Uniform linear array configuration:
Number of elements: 64
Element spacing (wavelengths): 1
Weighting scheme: cosine
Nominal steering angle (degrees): -30
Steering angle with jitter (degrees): -28.607
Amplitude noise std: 0.05
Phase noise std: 0.05

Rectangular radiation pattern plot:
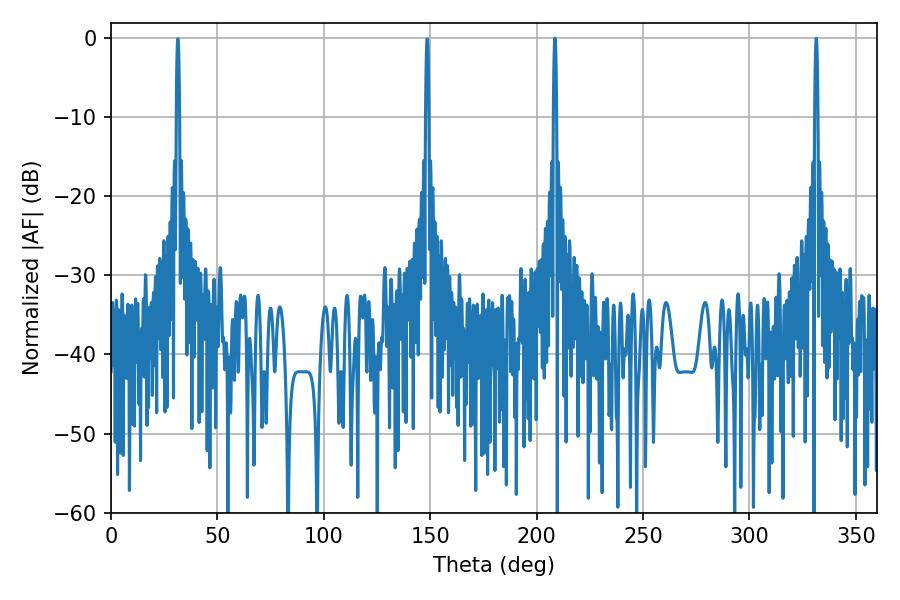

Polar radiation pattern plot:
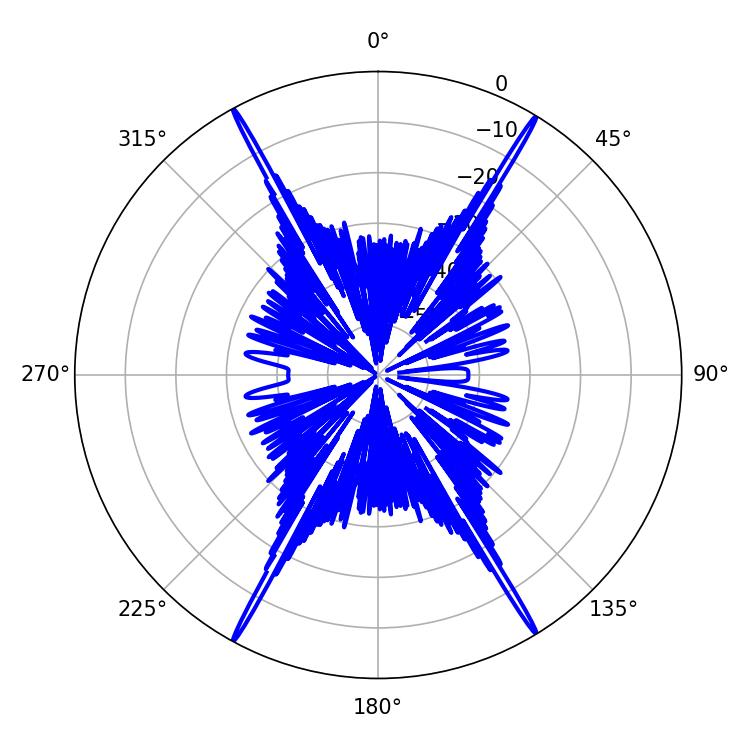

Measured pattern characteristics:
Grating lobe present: TRUE
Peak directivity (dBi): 29.887
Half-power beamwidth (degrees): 0.72
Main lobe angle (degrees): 208.62